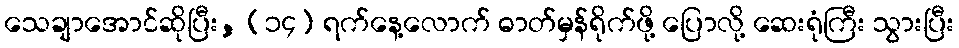
သေချာအောင်ဆိုပြီး, (၁၄) ရက်နေ့လောက် ဓာတ်မှန်ရိုက်ဖို့ ပြောလို့ ဆေးရုံကြီး သွားပြီး